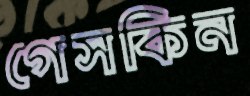
গেসকিন